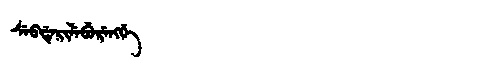
Manchu: ᠰᡝᠪᡩᡝᡵᡳᠯᡝᠪᡠᡵᡝᠩᡤᡝ
Romanization: SEBDERILEBURENGGE